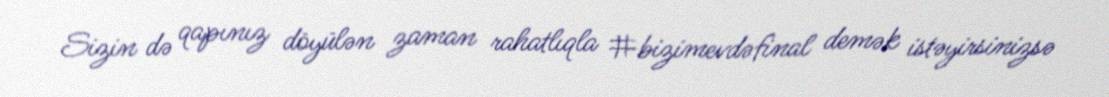
Sizin də qapınız döyülən zaman rahatlıqla #bizimevdəfinal demək istəyirsinizsə